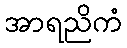
အာရညိကံ